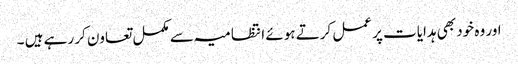
اور وہ خود بھی ہدایات پر عمل کرتے ہوئے انتظامیہ سے مکمل تعاون کر رہے ہیں ۔